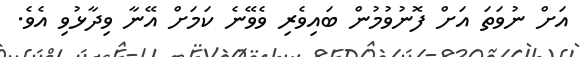
އަށް ނުވަތަ އަށް ފޮނުވުމުން ބައިވެރި ވެވޭނެ ކަމަށް އޭނާ ވިދާޅުވި އެވެ.